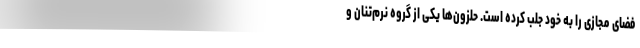
فضای مجازی را به خود جلب کرده است. حلزون‌ها یکی از گروه نرم‌تنان و